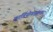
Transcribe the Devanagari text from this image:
कार्डियोवास्कुलर